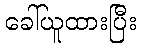
ခေါ်ယူထားပြီး